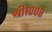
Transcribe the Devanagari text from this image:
श्री१००८